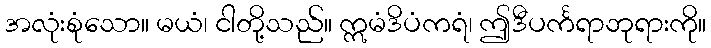
အလုံးစုံသော။ မယံ၊ ငါတို့သည်။ ဣမံဒိပံကရံ၊ ဤဒီပင်္ကရာဘုရားကို။